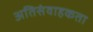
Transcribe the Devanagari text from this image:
अतिसंवाहकता